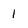
Character: 1